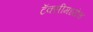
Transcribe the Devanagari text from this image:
टॅक्सीमध्येच